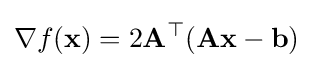
\nabla f(\mathbf {x} )=2\mathbf {A} ^{\top }(\mathbf {A} \mathbf {x} -\mathbf {b} )